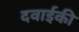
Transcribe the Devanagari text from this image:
दवाईकी